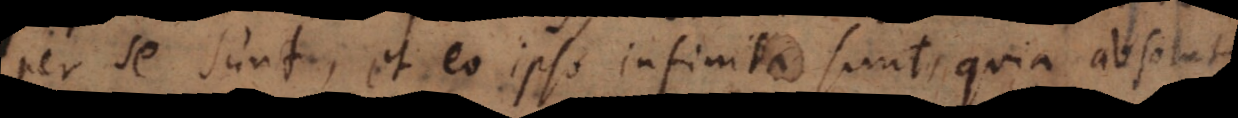
per se sunt, et eo ipso infinita sunt, quia absolute